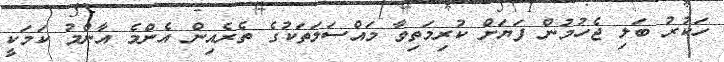
ހަކުރު ބަލި ޖެހުމުން ފަޔަށް ކުރިމަތިވާ މައްސަލަތަކުގެ ތެރެއިން އެންމެ އާންމު ކަމަކީ